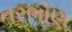
તરભોણ